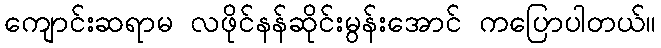
ကျောင်းဆရာမ လဖိုင်နန်ဆိုင်းမွန်းအောင် ကပြောပါတယ်။